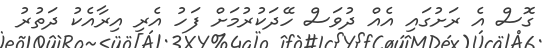
ގޮސް އެ ރަށުގައި އެއް ދުވަސް ހޭދަކުރުމަށް ފަހު އެރި އިރާއެކު ދަތުރު